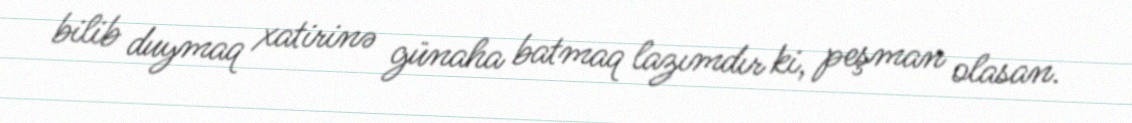
bilib duymaq xatirinə günaha batmaq lazımdır ki, peşman olasan.